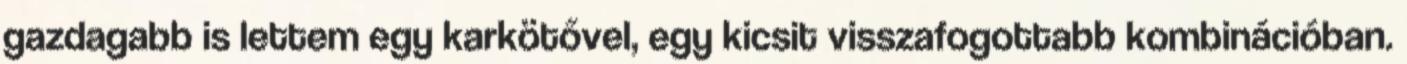
gazdagabb is lettem egy karkötővel, egy kicsit visszafogottabb kombinációban.